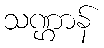
သဏ္ဌာန်